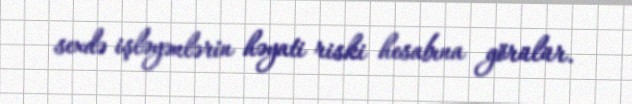
sexdə işləyənlərin həyati riski hesabına görülür.